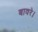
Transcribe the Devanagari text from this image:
बावरे।